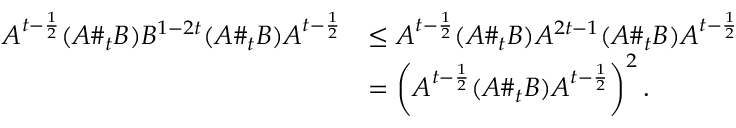
\begin{array} { r l } { A ^ { t - \frac { 1 } { 2 } } ( A \# _ { t } B ) B ^ { 1 - 2 t } ( A \# _ { t } B ) A ^ { t - \frac { 1 } { 2 } } } & { \leq A ^ { t - \frac { 1 } { 2 } } ( A \# _ { t } B ) A ^ { 2 t - 1 } ( A \# _ { t } B ) A ^ { t - \frac { 1 } { 2 } } } \\ & { = \left( A ^ { t - \frac { 1 } { 2 } } ( A \# _ { t } B ) A ^ { t - \frac { 1 } { 2 } } \right) ^ { 2 } . } \end{array}